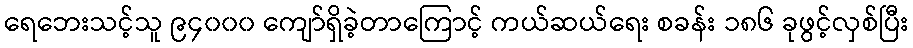
ရေဘေးသင့်သူ ၉၄၀၀၀ ကျော်ရှိခဲ့တာကြောင့် ကယ်ဆယ်ရေး စခန်း ၁၈၆ ခုဖွင့်လှစ်ပြီး